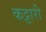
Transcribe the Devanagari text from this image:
कट्टारी